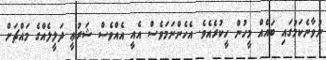
ނުވާނެކަމުގައި ބައެއް މީހުން ހީކުރެއެވެ. އެހެންނަމަވެސް އެއީ އެއްވެސް ޝަރުޢީ ދަލީލެއްގެ މައްޗަށް